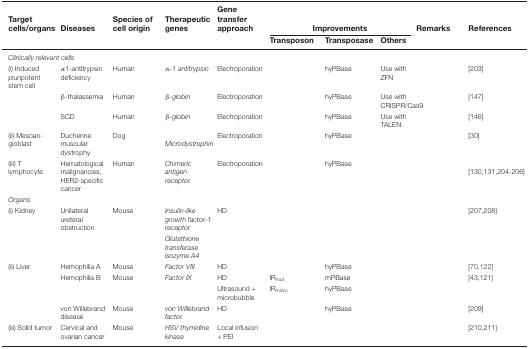
<table><thead><tr><td><b>Target cells/organs</b></td><td><b>Diseases</b></td><td><b>Species of cell origin</b></td><td><b>Therapeutic genes</b></td><td><b>Gene transfer approach</b></td><td colspan="3"><b>Improvements</b></td><td><b>Remarks</b></td><td><b>References</b></td></tr><tr><td></td><td></td><td></td><td></td><td></td><td><b>Transposon</b></td><td><b>Transposase</b></td><td><b>Others</b></td><td></td><td></td></tr></thead><tbody><tr><td colspan="10"><i>Clinically relevant cells</i></td></tr><tr><td>(i) Induced pluripotent stem cell</td><td>α1-antitrypsin deficiency</td><td>Human</td><td><i>α-1 antitrypsin</i></td><td>Electroporation</td><td></td><td>hyPBase</td><td>Use with ZFN</td><td></td><td>[203]</td></tr><tr><td></td><td>β-thalassemia</td><td>Human</td><td><i>β-globin</i></td><td>Electroporation</td><td></td><td>hyPBase</td><td>Use with CRISPR/Cas9</td><td></td><td>[147]</td></tr><tr><td></td><td>SCD</td><td>Human</td><td><i>β-globin</i></td><td>Electroporation</td><td></td><td>hyPBase</td><td>Use with TALEN</td><td></td><td>[146]</td></tr><tr><td>(ii) Mesoangioblast</td><td>Duchenne muscular dystrophy</td><td>Dog</td><td><i>Microdystrophin</i></td><td>Electroporation</td><td></td><td>hyPBase</td><td></td><td></td><td>[30]</td></tr><tr><td>(iii) T lymphocyte</td><td>Hematological malignancies, HER2-specific cancer</td><td>Human</td><td><i>Chimeric antigen receptor</i></td><td>Electroporation</td><td></td><td>hyPBase</td><td></td><td></td><td>[130,131,204–206]</td></tr><tr><td colspan="10"><i>Organs</i></td></tr><tr><td>(i) Kidney</td><td>Unilateral ureteral obstruction</td><td>Mouse</td><td><i>Insulin-like growth factor-1 receptor</i></td><td>HD</td><td></td><td></td><td></td><td></td><td>[207,208]</td></tr><tr><td></td><td></td><td></td><td><i>Glutathione transferase isozyme A4</i></td><td></td><td></td><td></td><td></td><td></td><td></td></tr><tr><td>(ii) Liver</td><td>Hemophilia A</td><td>Mouse</td><td><i>Factor VIII</i></td><td>HD</td><td></td><td>hyPBase</td><td></td><td></td><td>[70,122]</td></tr><tr><td></td><td>Hemophilia B</td><td>Mouse</td><td><i>Factor IX</i></td><td>HD</td><td>IR<sub>mut</sub></td><td>mPBase</td><td></td><td></td><td>[43,121]</td></tr><tr><td></td><td></td><td></td><td></td><td>Ultrasound + microbubble</td><td>IR<sub>micro</sub></td><td>hyPBase</td><td></td><td></td><td></td></tr><tr><td></td><td>von Willebrand disease</td><td>Mouse</td><td><i>von Willebrand factor</i></td><td>HD</td><td></td><td>hyPBase</td><td></td><td></td><td>[209]</td></tr><tr><td>(iii) Solid tumor</td><td>Cervical and ovarian cancer</td><td>Mouse</td><td><i>HSV thymidine kinase</i></td><td>Local infusion + PEI</td><td></td><td></td><td></td><td></td><td>[210,211]</td></tr></tbody></table>